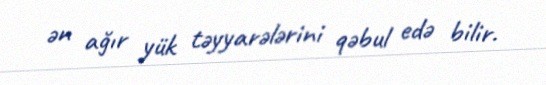
ən ağır yük təyyarələrini qəbul edə bilir.